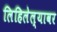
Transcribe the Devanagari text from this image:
लिहिलेल्यावर